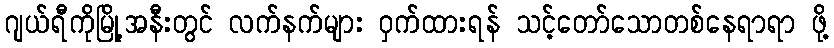
ဂျယ်ရီကိုမြို့အနီးတွင် လက်နက်များ ဝှက်ထားရန် သင့်တော်သောတစ်နေရာရာ ဖို့